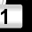
Digit: 1